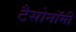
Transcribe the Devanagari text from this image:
टैसोनॉमी